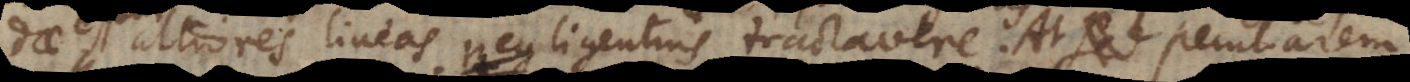
altiores lineas negligentius tractavere. At pe